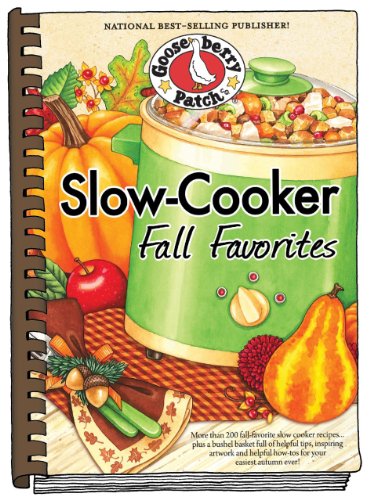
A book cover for Slow-Cooker Fall Favorites (Seasonal Cookbook Collection); Gooseberry Patch; Cookbooks, Food & Wine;